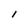
Character: I